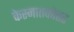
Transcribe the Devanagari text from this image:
केस्नातकोत्तर